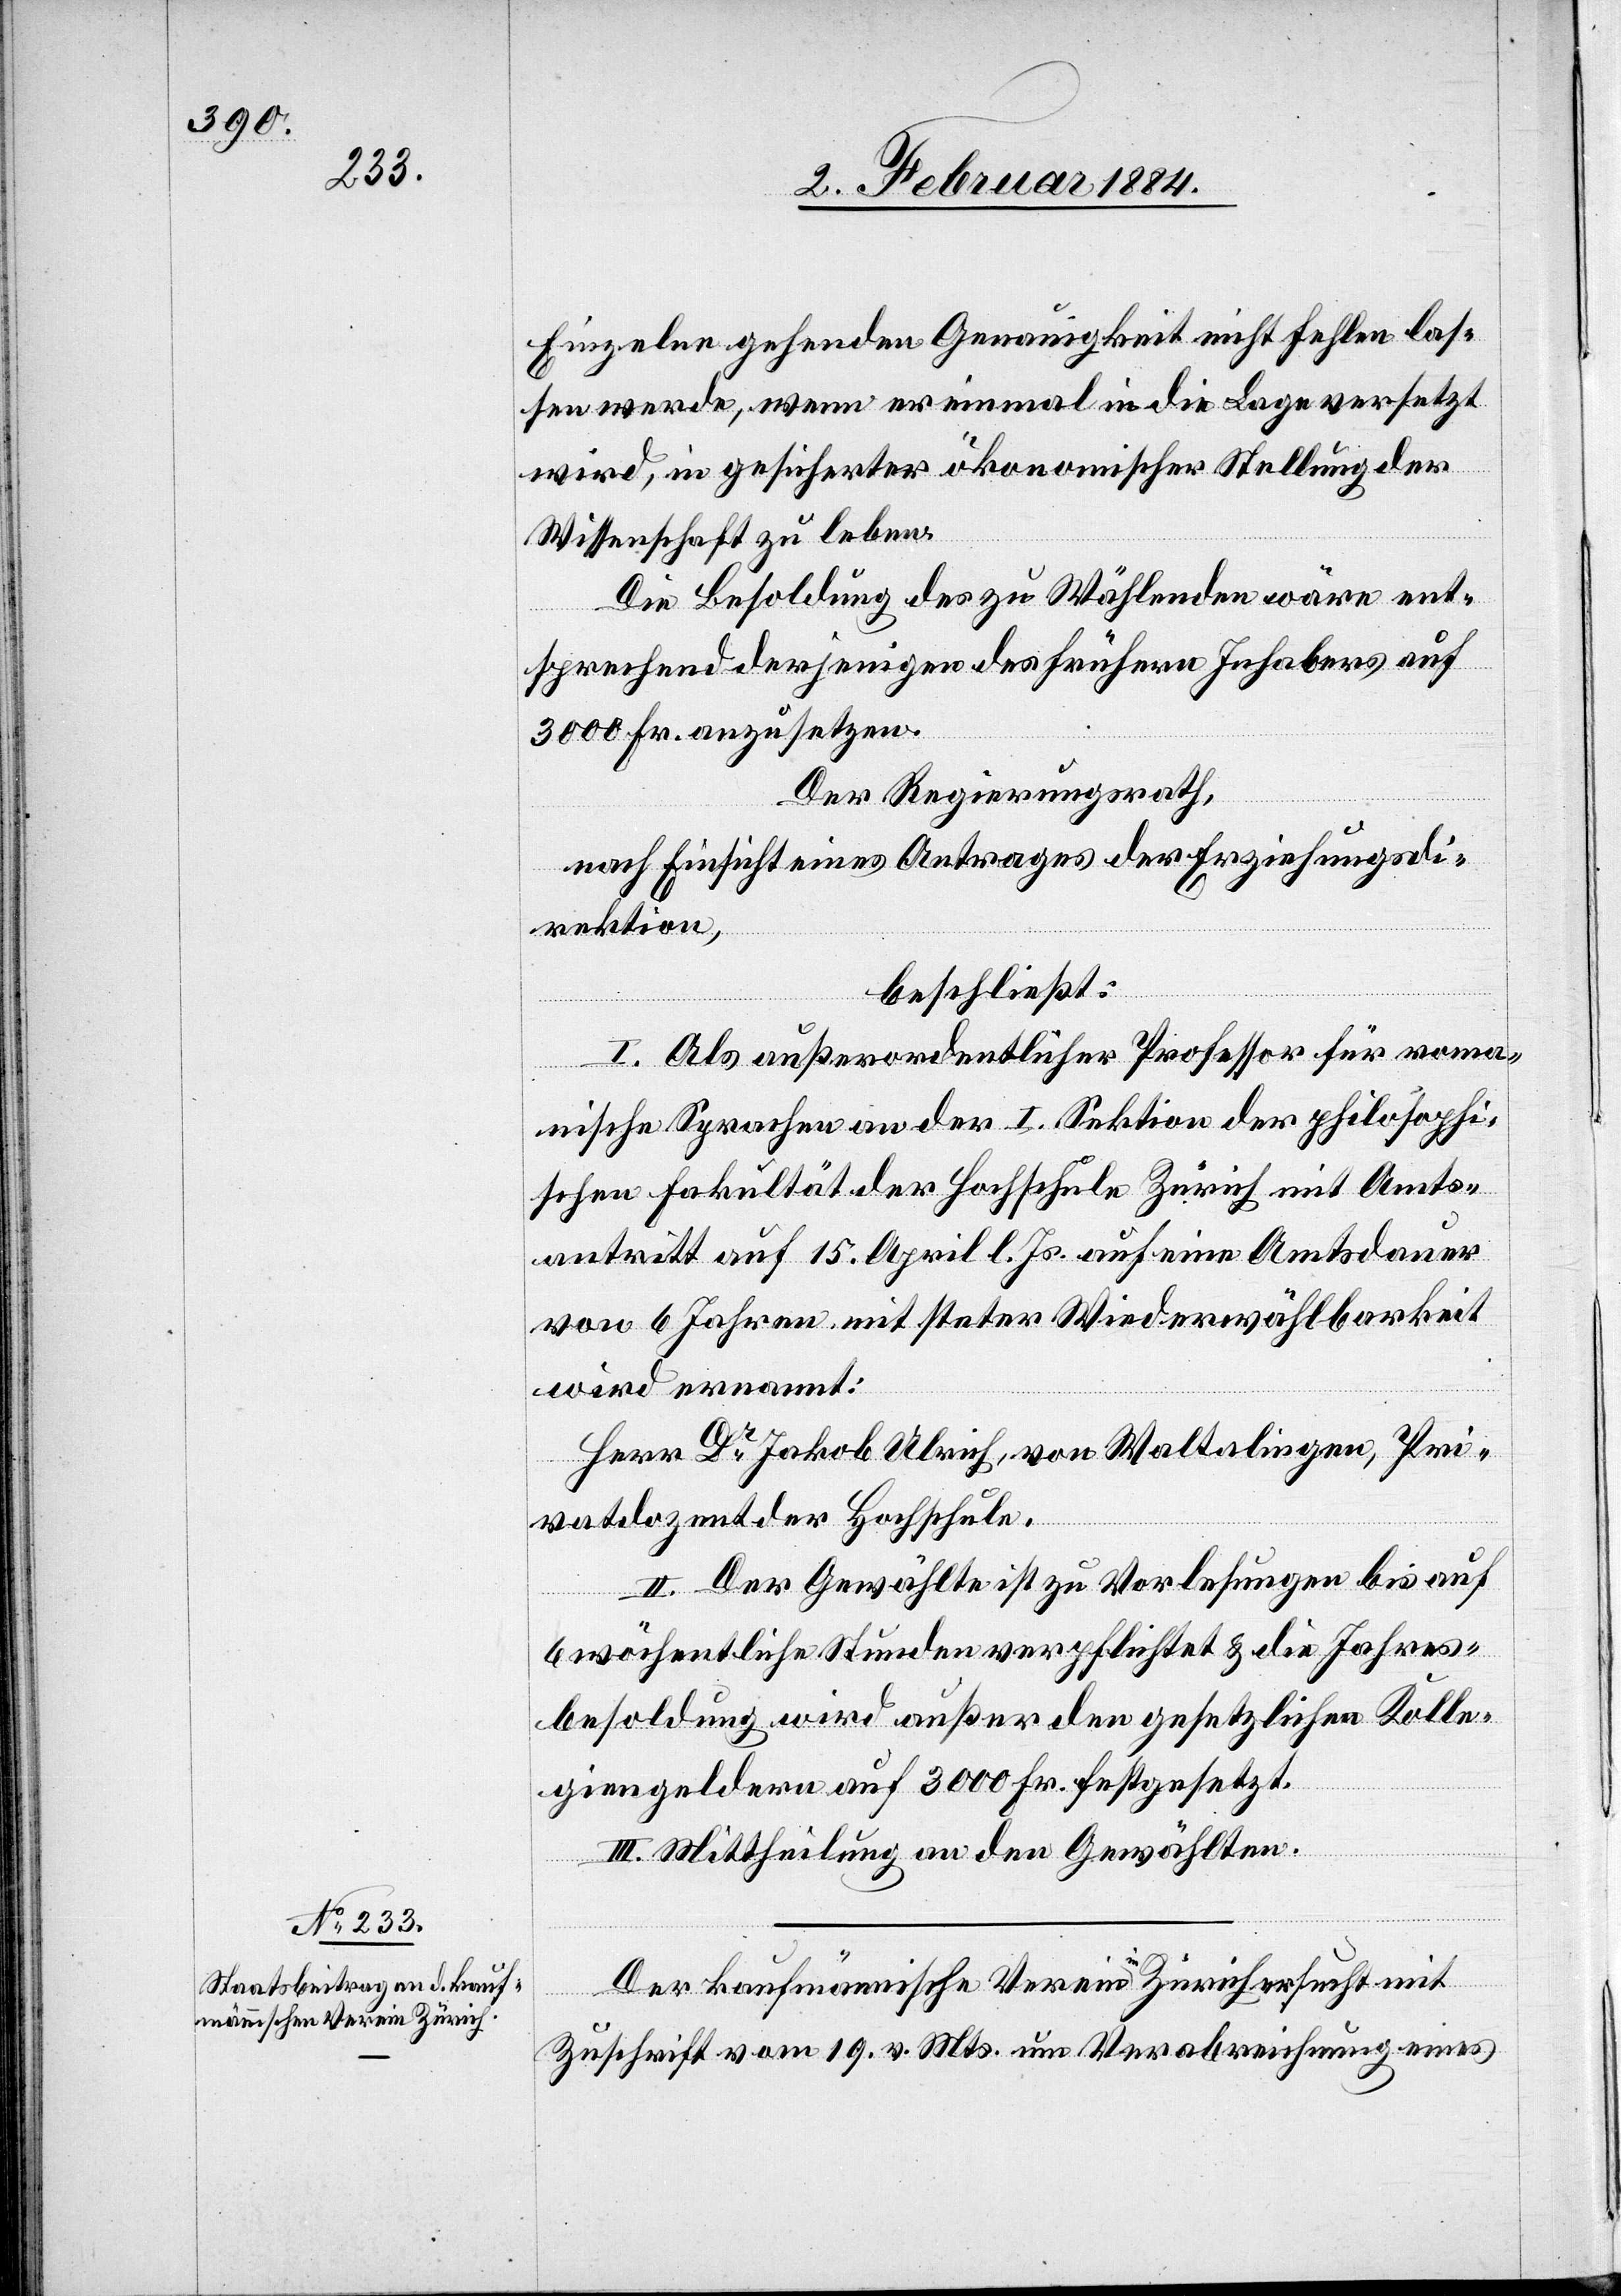
Einzelne gehenden Genauigkeit nicht fehlen las¬
sen werde, wenn er einmal in die Lage versetzt
wird, in gesicherter ökonomischer Stellung der
Wissenschaft zu leben.
Die Besoldung des zu Wählenden wäre ent¬
sprechend derjenigen des frühern Inhabers auf
3000 Fr. anzusetzen.
Der Regierungsrath,
nach Einsicht eines Antrages der Erziehungsdi¬
rektion,
beschließt:
I. Als außerordentlicher Professor für roma¬
nische Sprachen an der I. Sektion der philosophi¬
schen Fakultät der Hochschule Zürich mit Amts¬
antritt auf 15. April l. Js. auf eine Amtsdauer
von 6 Jahren mit steter Widerwählbarkeit
wird ernannt:
Herr Dr Jakob Ulrich, von Waltalingen, Pri¬
vatdozent der Hochschule.
II. Der Gewählte ist zu Vorlesungen bis auf
6 wöchentliche Stunden verpflichtet & die Jahres¬
besoldung wird außer den gesetzlichen Kolle¬
giengeldern auf 3000 Fr. festgesetzt.
III. Mittheilung an den Gewählten.
Der kaufmännische Verein Zürich ersucht mit
Zuschrift vom 19. v. Mts. um Verabreichung eines